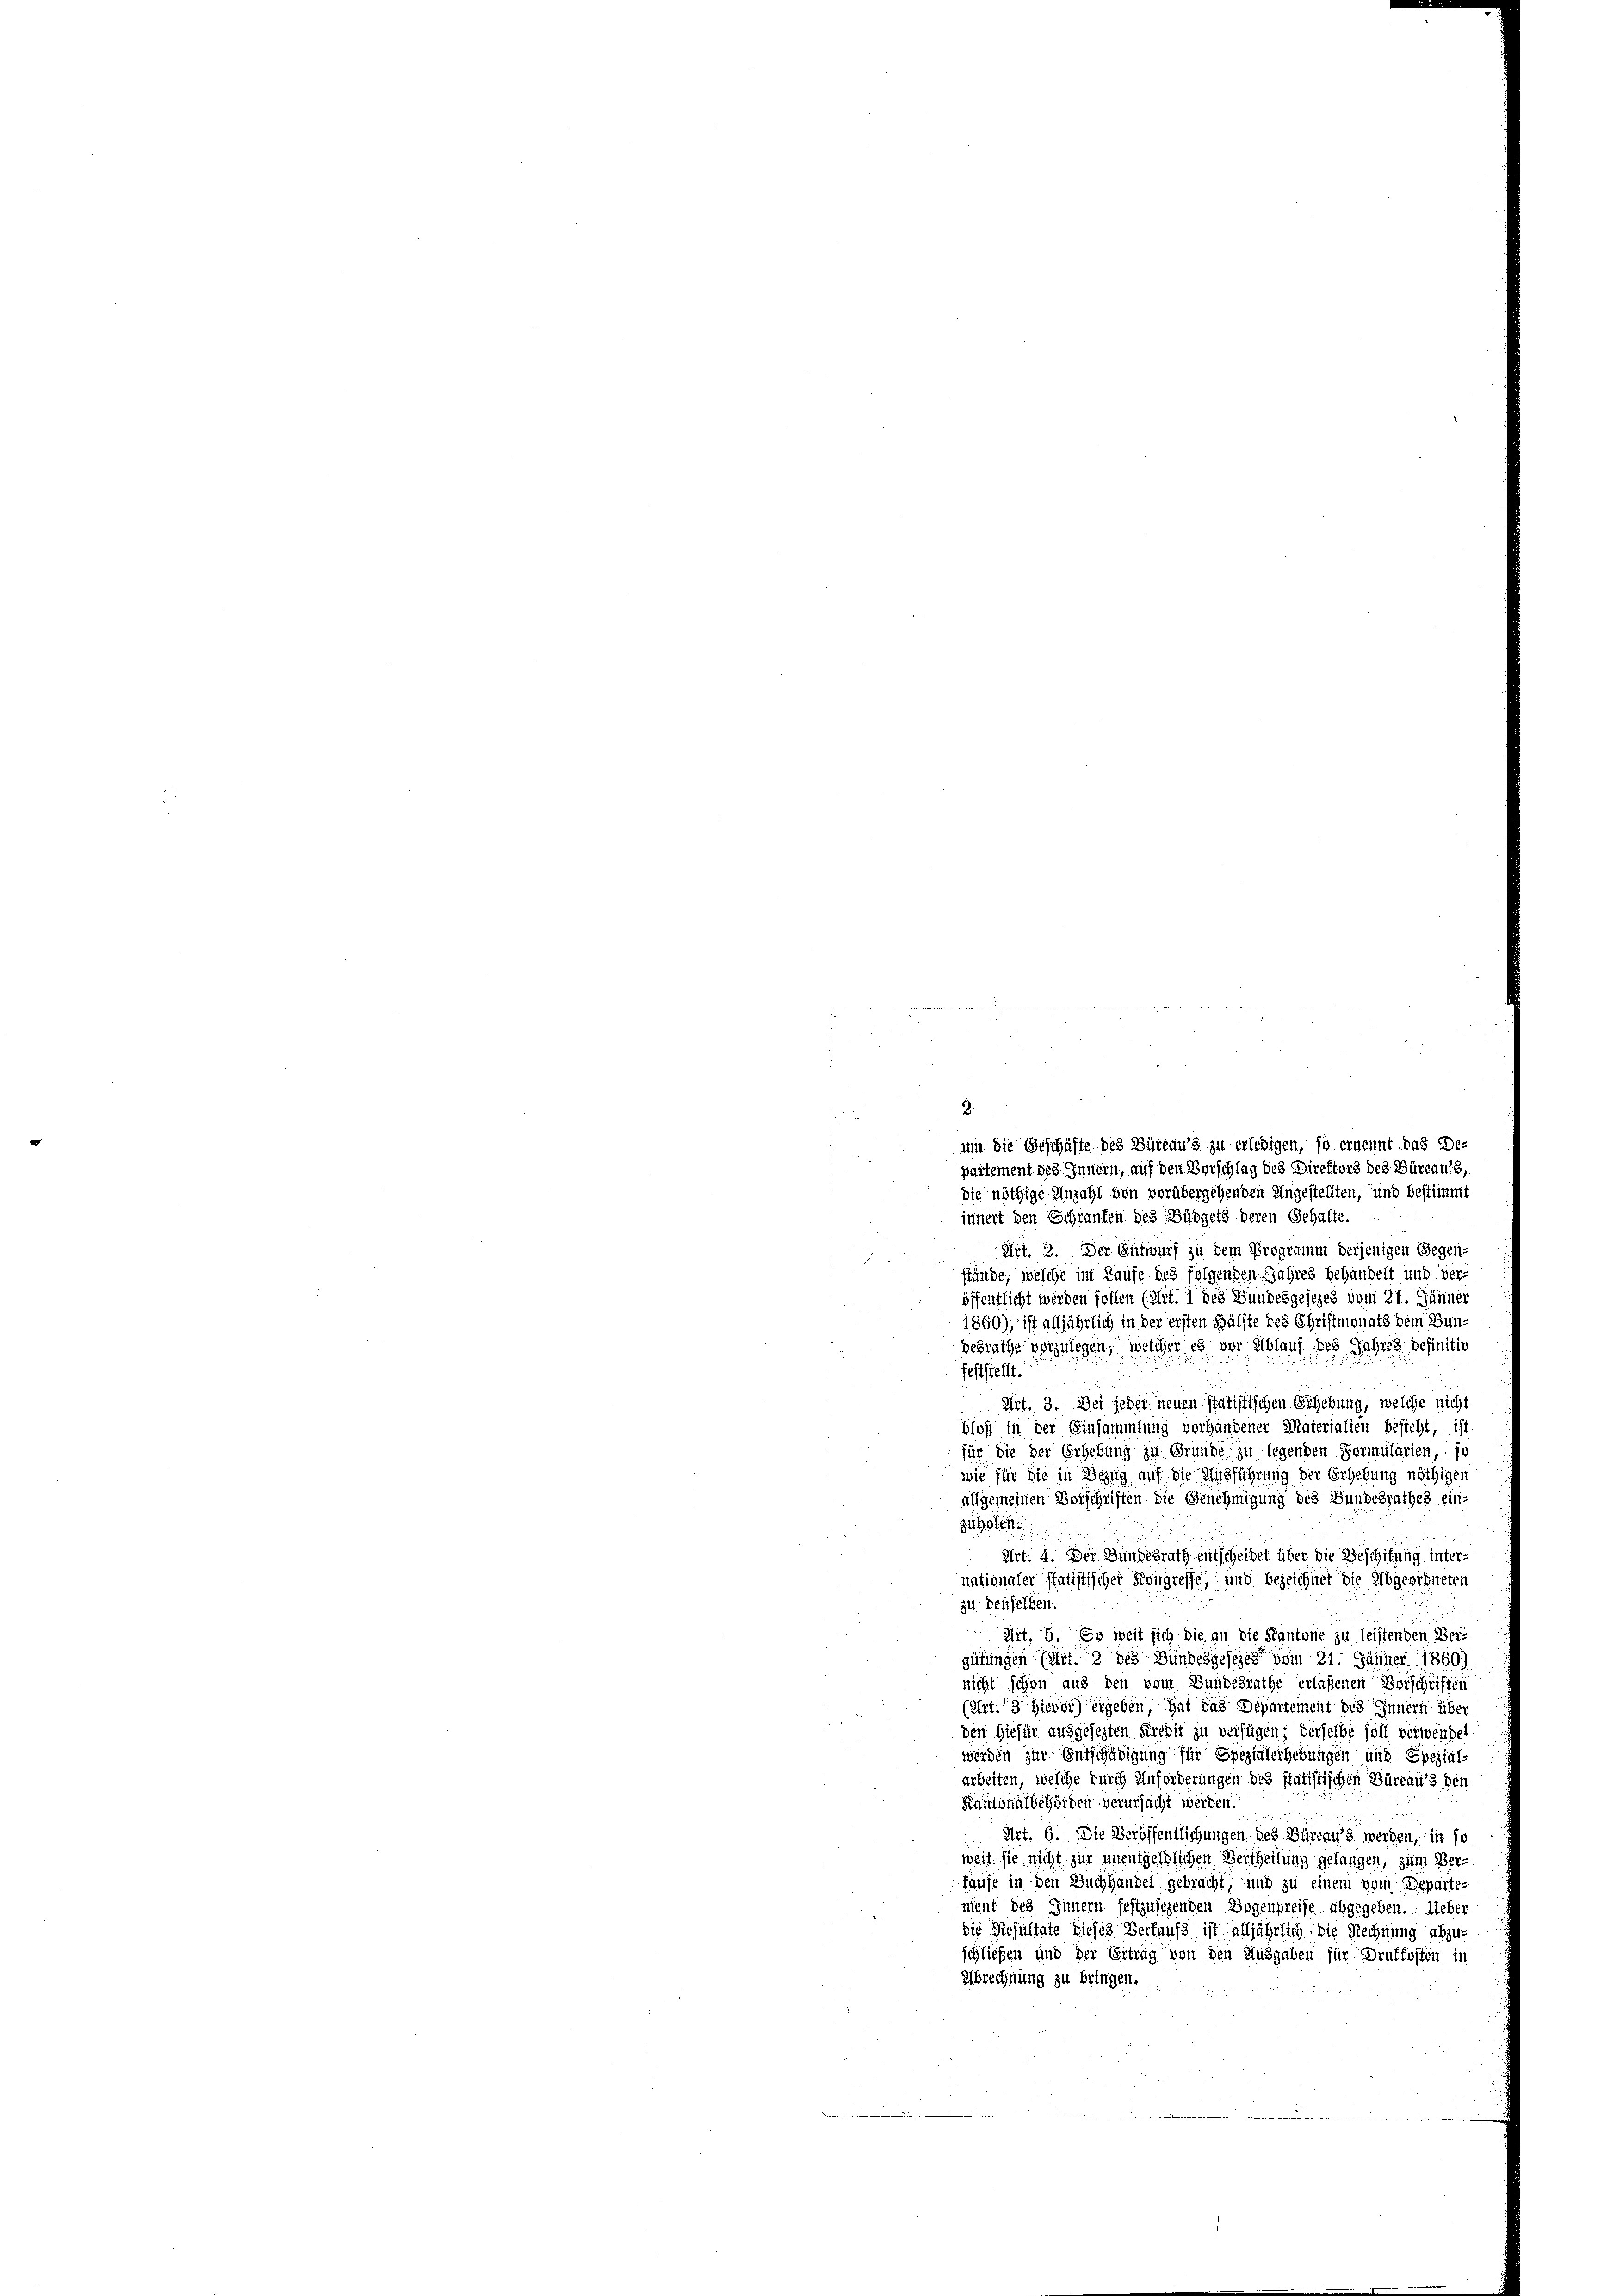
um die Geschäfte des Büreaus zu erledigen, so ernennt das De-
partement des Innern, auf den Vorschlag des Direktors des Büreaus
Die nöthige Anzahl von vorübergehenden Ungestellten, und bestimmt
innert den Schranken des Büdgets deren Gehalte.
Art. 2. Der Entwurf zu dem Programm derjenigen Gegen-
stände, welche im Laufe des folgenden Jahres behandelt und veröffentlicht werden sollen (lit. 1 des Bundesgesezes vom 21. Jänner
1860), ist alljährlich in der ersten Hälfte des Christmonats dem Bun¬
Besrathe vorzulegen, welcher es vor Ablauf des Jahres Definitiv
feststellt.
Art. 3. Bei jeder neuen Statistischen Erhebung, welche nicht
blos in der Einsammlung vorhandener Materialien besteht, ist
für die der Erhebung zu Grunde zu legenden Formularien, so
wie für die in Bezug auf die Ausführung der Erhebung nöthigen
allgemeinen Vorschriften die Genehmigung des Bundesrathes ein-
zigsten
Art. 4. Der Bundesrath entscheidet über die Beschifung internationaler statistischer Kongresse, und bezeichnet die Abgeordneten
zu denselben.
Art. 5. So weit sich die an die Kantone zu leistenden Ver-
gütungen (Art. 2 des Bundesgesezes vom 21. Jänner 1860)
nicht schon aus den vom Bundesrathe erlassenen Vorschriften
(Art. 3. Hievor) ergeben, hat das Departement des Innern über
den Hiefür ausgesezten Kredit zu verfügen; derselbe soll verwendet
werden zur Entschädigung für Spezialerhebungen und Spezial-
arbeiten, welche durch Unförderungen des statistischen Büreaus den
Kantonalbehörden verursacht werden.
d in d
Art. 6. Die Veröffentlichungen des Büreaus werden, in so
weit sie nicht zur unentgeltlichen Vertheilung gelangen, zum Ber-
faufe in den Buchhandel gebracht, und zu einem vom Departenient des Innern festzusehenden Bogenpreise abgegeben. Ueber
die Resultate dieses Verkaufs ist alljährlich die Rechnung abzu-
schließen und der Ertrag von den Ausgaben für Drutfosten in
Abrechnung zu bringen.

3.